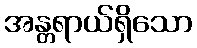
အန္တရာယ်ရှိသော